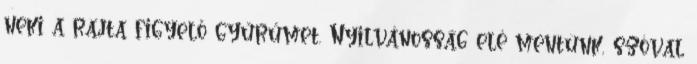
neki a rajta figyelő gyűrűmet. Nyilvánosság elé mentünk, szóval